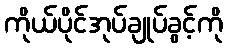
ကိုယ်ပိုင်အုပ်ချုပ်ခွင့်ကို